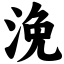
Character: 浼